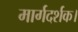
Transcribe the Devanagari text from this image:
मार्गदर्शक।